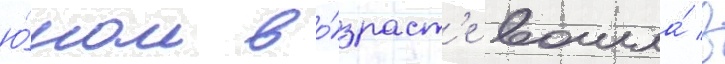
ю́ном во́зраст'е вошла́ в